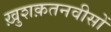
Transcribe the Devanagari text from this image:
ख़ुशक़तनवीसों